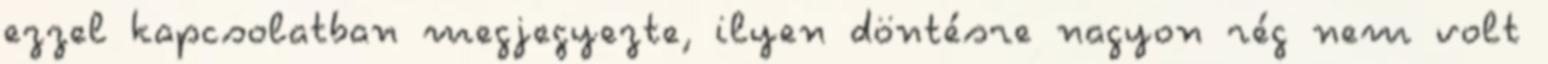
ezzel kapcsolatban megjegyezte, ilyen döntésre nagyon rég nem volt